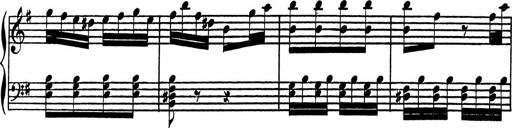
Title: 4 Piano Sonatinas
Composer: Adam Geibel